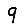
Digit: 9